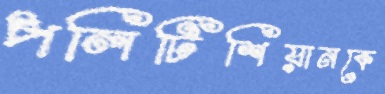
পলিটিশিয়ানকে